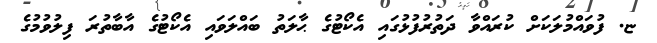
ޏ. ފުވައްމުލަކަށް ކުރައްވާ ދަތުރުފުޅުގައި އެކޯޓުގެ ޙާލަތު ބައްލަވައި އެކޯޓުގެ އާބާތުރަ ފިލުވުމުގެ